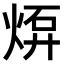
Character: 𤊠